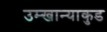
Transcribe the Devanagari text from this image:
उम्खान्याकुड